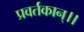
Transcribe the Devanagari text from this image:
प्रवर्तकान्।।